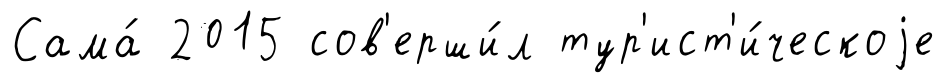
Сама́ 2015 сов'ерши́л тур'ист'и́ческоjе